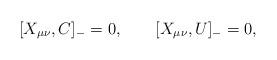
LaTeX: \begin{align*}[X_{\mu\nu},C]_- = 0, \qquad[X_{\mu\nu},U]_- = 0, \end{align*}